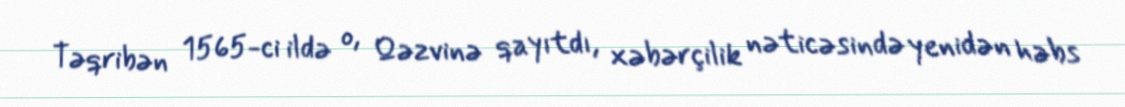
Təqribən 1565-ci ildə o, Qəzvinə qayıtdı, xəbərçilik nəticəsində yenidən həbs